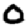
Digit: 0